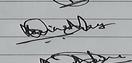
Signature authenticity: genuine